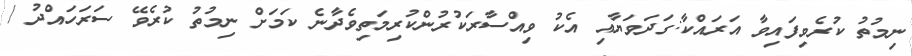
ނިމުތު ކުރެވިފައިވާ އަރައްކާ:ގަދަވަޔާއި އެކު ވިއްސާރަކުރުންކުރިމަތިވެދާނެ ކަމަށް ނިމުތު ކުރެވޭ ސަރަހައްދު /